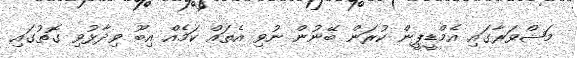
މަޝްވަރާގައި އެމްޑީޕީން ކުރަން ބޭނުން ނުވި އެތައް ކަމެއް އިބޫ ވިދާޅުވި ގޮތުގައި